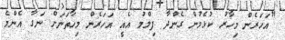
"އަހަރެން މިހާރު ކުޅެމުން ގެންދާ ފިލްމު އެއީ އަހަރެން މިހާތަނަށް ނަގާ އެންމެ